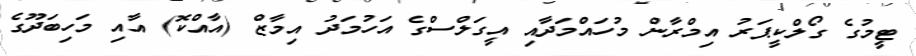
ޓީމުގެ ގޯލްކީޕަރު އިމްރާން މުހައްމަދާއި އީގަލްސްގެ އަހުމަދު އިމާޒް (އާއްކޮ) އާއި މަހިބަދޫގެ